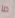
ما